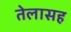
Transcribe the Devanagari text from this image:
तेलासह